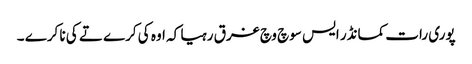
پوری رات کمانڈر ایس سوچ وچ غرق رہیا کہ اوہ کی کرے تے کی نا کرے ۔